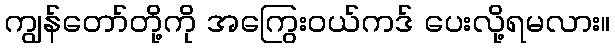
ကျွန်တော်တို့ကို အကြွေးဝယ်ကဒ် ပေးလို့ရမလား။